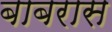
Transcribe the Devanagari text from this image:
बाबरास